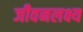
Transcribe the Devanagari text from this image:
जीवनलक्ष्य